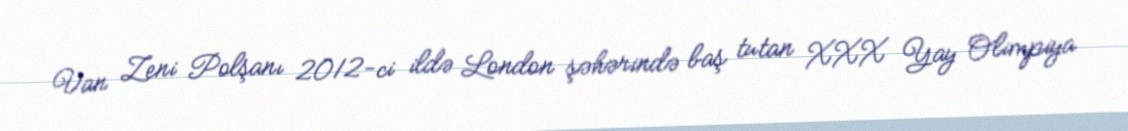
Van Zeni Polşanı 2012-ci ildə London şəhərində baş tutan XXX Yay Olimpiya